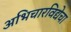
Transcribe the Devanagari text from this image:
अभिचारविद्येचा